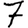
Digit: 7